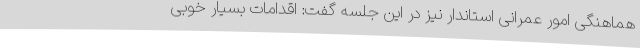
هماهنگی امور عمرانی استاندار نیز در این جلسه‌ گفت: اقدامات بسیار خوبی